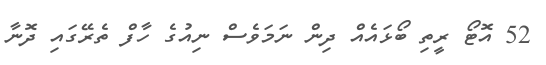
52 އޮޓޯ ރީތި ބޯޅައެއް ދިން ނަމަވެސް ނިއުގެ ހާފް ތެރޭގައި ދޮނާ